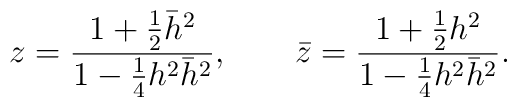
z = { 1 + {1\over 2} \bar{h}^2 \over 1- {1\over 4} h^2 \bar{h}^2} ,\qquad\bar{z} = { 1 + {1\over 2}h^2 \over 1- {1\over 4} h^2 \bar{h}^2} .